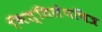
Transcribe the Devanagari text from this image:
भित्तिलेपचित्र